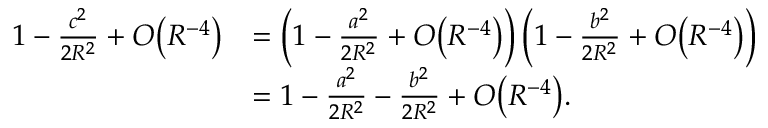
{ \begin{array} { r l } { 1 - { \frac { c ^ { 2 } } { 2 R ^ { 2 } } } + O { \left( R ^ { - 4 } \right) } } & { = \left( 1 - { \frac { a ^ { 2 } } { 2 R ^ { 2 } } } + O { \left( R ^ { - 4 } \right) } \right) \left( 1 - { \frac { b ^ { 2 } } { 2 R ^ { 2 } } } + O { \left( R ^ { - 4 } \right) } \right) } \\ & { = 1 - { \frac { a ^ { 2 } } { 2 R ^ { 2 } } } - { \frac { b ^ { 2 } } { 2 R ^ { 2 } } } + O { \left( R ^ { - 4 } \right) } . } \end{array} }